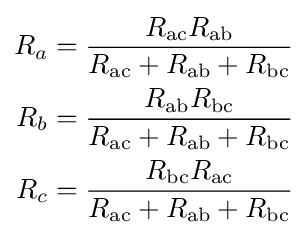
{\begin{aligned}R_{a}&={\frac {R_{\mathrm {ac} }R_{\mathrm {ab} }}{R_{\mathrm {ac} }+R_{\mathrm {ab} }+R_{\mathrm {bc} }}}\\R_{b}&={\frac {R_{\mathrm {ab} }R_{\mathrm {bc} }}{R_{\mathrm {ac} }+R_{\mathrm {ab} }+R_{\mathrm {bc} }}}\\R_{c}&={\frac {R_{\mathrm {bc} }R_{\mathrm {ac} }}{R_{\mathrm {ac} }+R_{\mathrm {ab} }+R_{\mathrm {bc} }}}\end{aligned}}